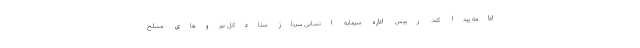
ادامه پیدا کند. رییس اداره سرمایه انسانی سرباز ستادکل نیروهای مسلح